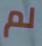
لم